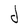
Character: d